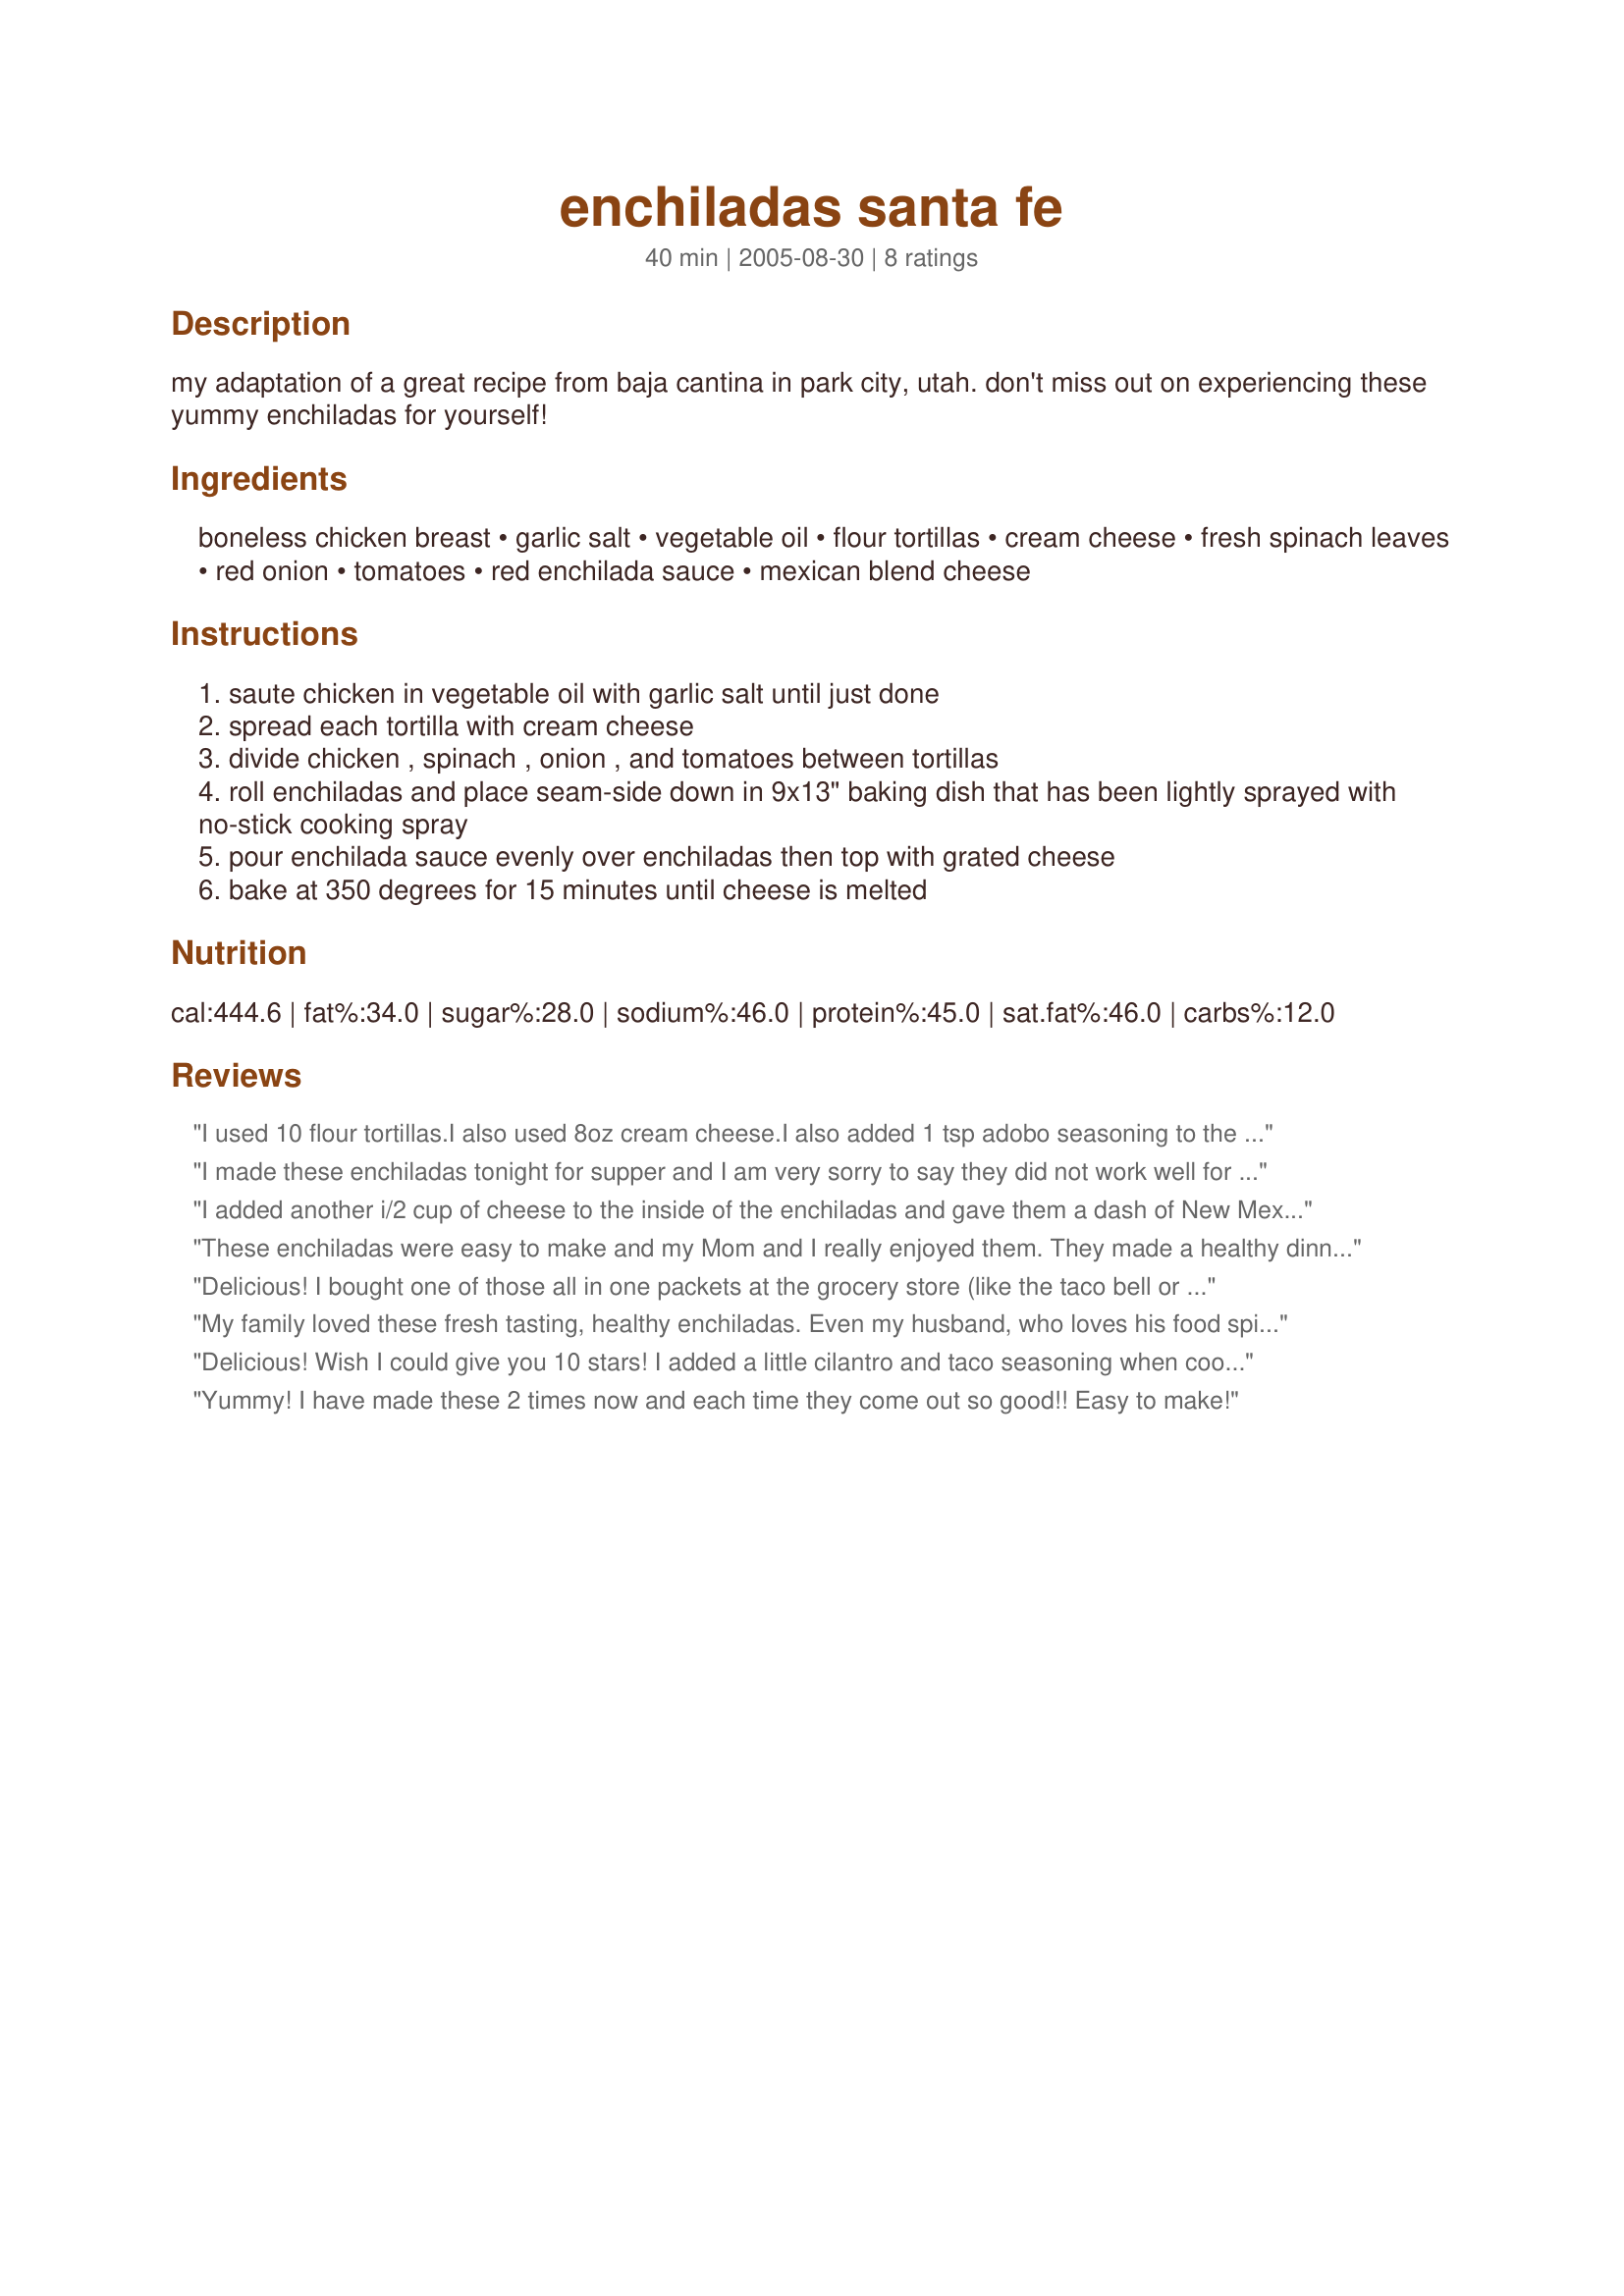
enchiladas santa fe
Preparation time: 40 minutes

my adaptation of a great recipe from baja cantina in park city, utah. don't miss out on experiencing these yummy enchiladas for yourself!

Ingredients:
boneless chicken breast, garlic salt, vegetable oil, flour tortillas, cream cheese, fresh spinach leaves, red onion, tomatoes, red enchilada sauce, mexican blend cheese

Steps:
saute chicken in vegetable oil with garlic salt until just done
spread each tortilla with cream cheese
divide chicken , spinach , onion , and tomatoes between tortillas
roll enchiladas and place seam-side down in 9x13" baking dish that has been lightly sprayed with no-stick cooking spray
pour enchilada sauce evenly over enchiladas then top with grated cheese
bake at 350 degrees for 15 minutes until cheese is melted

Reviews:
I used 10 flour tortillas.I also used 8oz cream cheese.I also added 1 tsp adobo seasoning to the filling and another 1/2 cup mexican cheese on top...These were Great..First time using flour tortillas for enchiladas..Most ask for corn tortillas..The spinach was a nice filler with the crisp red onion..I will be making these again...
I made these enchiladas tonight for supper and I am very sorry to say they did not work well for us. The flavor was on the bland side and the spinach didnt seem to blend well. If the chicken had more flavor, maybe a package of taco seasoning, and was shredded I think it would have been nicer than having pieces of chicken. Also the cream cheese, spinach, tomato, and onion combined together with a bit of salsa added would have been nice. The spinach and enchilada sauce were the outstanding flavors and just did not taste well for us. Maybe I will try these again at a later time and tweak it a bit for our taste buds.
I added another i/2 cup of cheese to the inside of the enchiladas and gave them a dash of New Mexico chili powder. I also used a package of frozen chopped spinach thawed and squeezed dry instead of fresh, Very quick and easy to make.
These enchiladas were easy to make and my Mom and I really enjoyed them. They made a healthy dinner and are lighter than the enchiladas I usually make. Thanks for sharing!
Delicious! I bought one of those all in one packets at the grocery store (like the taco bell or old el paso packets) that come w/the sauce, tortillas and seasoning. I still cooked everything as you instructed but I added the taco seasoning to the chicken. Came out great! Thanks!
My family loved these fresh tasting, healthy enchiladas. Even my husband, who loves his food spicy, thought these were perfect and didn't even add salsa! I used only one chicken breast half, and added a can of kidney beans to stretch the protein. Added shredded lettuce and sour cream to top mine. I liked that they didn't have cheese inside the enchilada, keeping it healthy. Will leave in the oven a couple more minutes. They weren't quite hot enough. We will definitely have these again!
Delicious! Wish I could give you 10 stars! I added a little cilantro and taco seasoning when cooking the chicken. Used green enchilada sauce for the topping. Loved the fresh spinach and other ingredients in this recipe. Thanks for posting! M. Joan
Yummy! I have made these 2 times now and each time they come out so good!! Easy to make!
